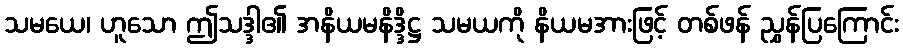
သမယေ၊ ဟူသော ဤသဒ္ဒါ၏ အနိယမနိဒ္ဒိဋ္ဌ သမယကို နိယမအားဖြင့် တစ်ဖန် ညွှန်ပြကြောင်း